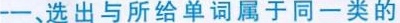
一、选出与所给单词 属于同一类的